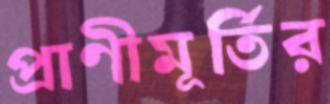
প্রাণীমূর্তির